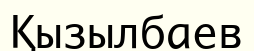
Қызылбаев